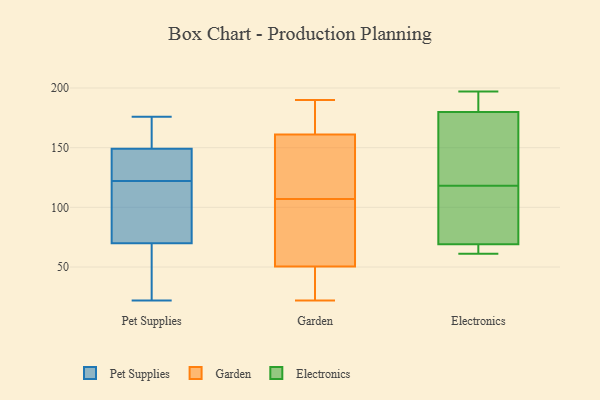
{"axis": {"x": "Satisfaction Score", "y": "Value"}, "legend": ["Electronics", "Garden", "Pet Supplies"], "data": [{"x": "", "y": 149, "type": "Pet Supplies"}, {"x": "", "y": 22, "type": "Pet Supplies"}, {"x": "", "y": 124, "type": "Pet Supplies"}, {"x": "", "y": 106, "type": "Pet Supplies"}, {"x": "", "y": 70, "type": "Pet Supplies"}, {"x": "", "y": 49, "type": "Pet Supplies"}, {"x": "", "y": 176, "type": "Pet Supplies"}, {"x": "", "y": 152, "type": "Pet Supplies"}, {"x": "", "y": 149, "type": "Pet Supplies"}, {"x": "", "y": 120, "type": "Pet Supplies"}, {"x": "", "y": 22, "type": "Garden"}, {"x": "", "y": 82, "type": "Garden"}, {"x": "", "y": 170, "type": "Garden"}, {"x": "", "y": 58, "type": "Garden"}, {"x": "", "y": 31, "type": "Garden"}, {"x": "", "y": 186, "type": "Garden"}, {"x": "", "y": 57, "type": "Garden"}, {"x": "", "y": 190, "type": "Garden"}, {"x": "", "y": 157, "type": "Garden"}, {"x": "", "y": 152, "type": "Garden"}, {"x": "", "y": 23, "type": "Garden"}, {"x": "", "y": 158, "type": "Garden"}, {"x": "", "y": 107, "type": "Garden"}, {"x": "", "y": 69, "type": "Electronics"}, {"x": "", "y": 141, "type": "Electronics"}, {"x": "", "y": 64, "type": "Electronics"}, {"x": "", "y": 108, "type": "Electronics"}, {"x": "", "y": 128, "type": "Electronics"}, {"x": "", "y": 61, "type": "Electronics"}, {"x": "", "y": 181, "type": "Electronics"}, {"x": "", "y": 95, "type": "Electronics"}, {"x": "", "y": 180, "type": "Electronics"}, {"x": "", "y": 197, "type": "Electronics"}]}